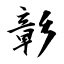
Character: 彰